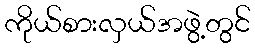
ကိုယ်စားလှယ်အဖွဲ့တွင်